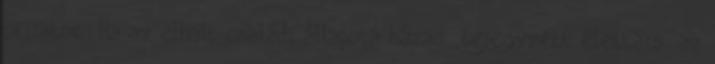
okiratok: Ha az elhalt családi állapota házas bejegyzett élettárs: az